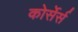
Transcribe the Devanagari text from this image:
कोर्सेर्स